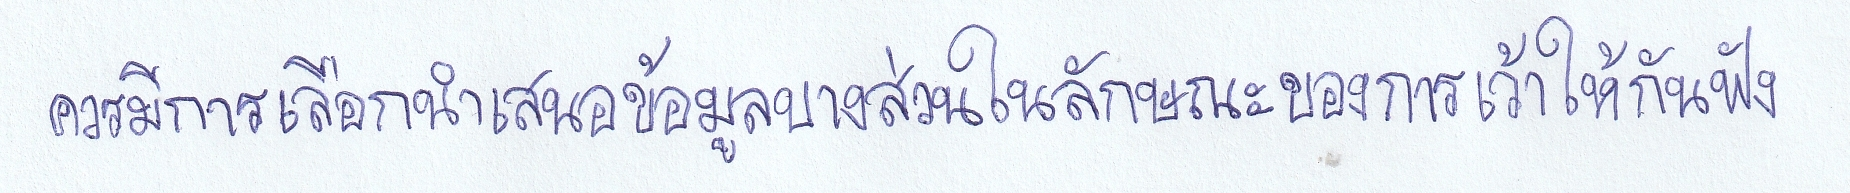
ควรมีการเลือกนำเสนอข้อมูลบางส่วนในลักษณะของการเว้าให้กันฟัง